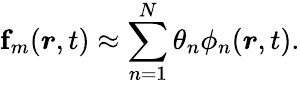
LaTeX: \mathbf{f}_{m}(\boldsymbol{r},t)\approx\sum_{n=1}^{N}\theta_{n}\phi_{n}(\boldsymbol{r},t).